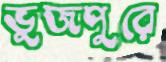
ভুজপুরে